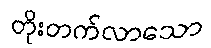
တိုးတက်လာသော